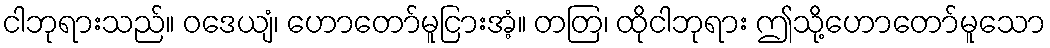
ငါဘုရားသည်။ ဝဒေယျံ၊ ဟောတော်မူငြားအံ့။ တတြ၊ ထိုငါဘုရား ဤသို့ဟောတော်မူသော